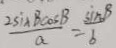
\frac { 2 s i B C o s B } { a } = \frac { \sin B } { 6 }